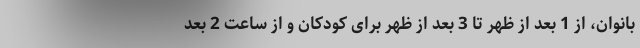
بانوان، از 1 بعد از ظهر تا 3 بعد از ظهر برای کودکان و از ساعت 2 بعد